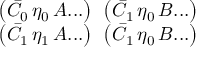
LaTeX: \begin{array} { c c } { { \left( \bar { C } _ { 0 } \, \eta _ { 0 } \, { \cal A } . . . \right) \; \, \left( \bar { C } _ { 1 } \, \eta _ { 0 } \, B . . . \right) } } \\ { { \left( \bar { C } _ { 1 } \, \eta _ { 1 } \, { \cal A } . . . \right) \; \, \left( \bar { C } _ { 1 } \, \eta _ { 0 } \, { \cal B } . . . \right) } } \end{array}